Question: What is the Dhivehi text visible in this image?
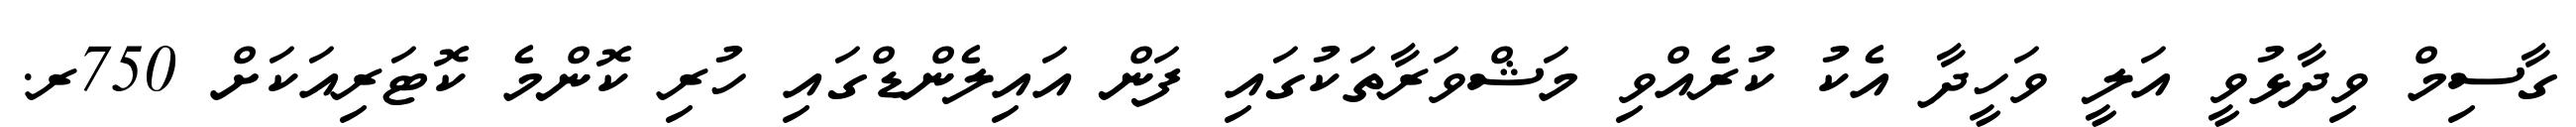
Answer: ގާސިމް ވިދާޅުވީ އަލީ ވަހީދާ އެކު ކުރެއްވި މަޝްވަރާތަކުގައި ފަން އައިލެންޑްގައި ހުރި ކޮންމެ ކޮޓަރިއަކަށް 750ރ.